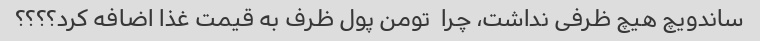
ساندویچ هیچ ظرفی نداشت، چرا  تومن پول ظرف به قیمت غذا اضافه کرد؟؟؟؟